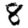
Digit: 8